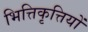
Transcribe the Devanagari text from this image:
भित्तिकृत्तियों